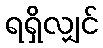
ရရှိလျှင်